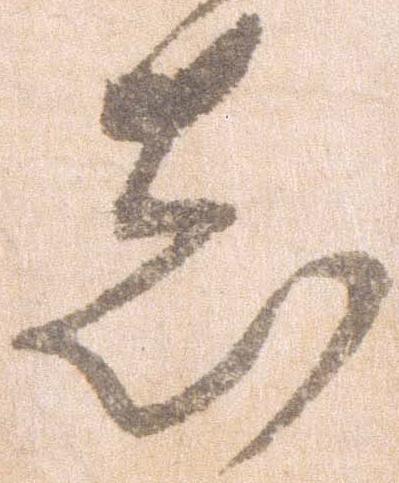
し